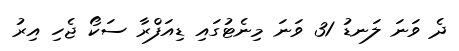
ދެ ވަނަ ލަނޑު 31 ވަނަ މިނެޓުގައި ޑިއަފްރާ ސަކޯ ޖެހި އިރު